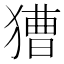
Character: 𤡐